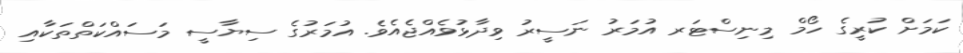
ކަމަށް ކުރީގެ ހޯމް މިނިސްޓަރ އުމަރު ނަސީރު ވިދާޅުވެއްޖެއެވެ. އުމަރުގެ ސިޔާސީ މަސައްކަތްތަކާއި